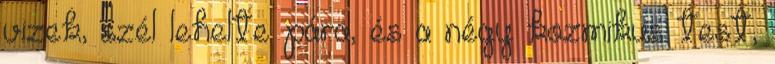
vizek, szél lehelte pára, és a négy kozmikus test,